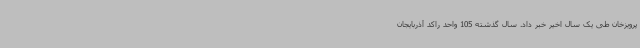
پرویزخان طی یک سال اخیر خبر داد. سال گذشته 105 واحد راکد آذربایجان